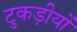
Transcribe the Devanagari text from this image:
टुकड़ीयों